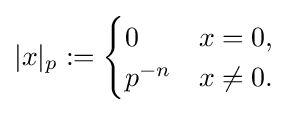
|x|_{p}:={\begin{cases}0&x=0,\\p^{-n}&x\neq 0.\end{cases}}